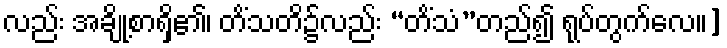
လည်း အချို့စာရှိ၏၊ တိံသတိ၌လည်း “တိံသံ”တည်၍ ရုပ်တွက်လေ။]